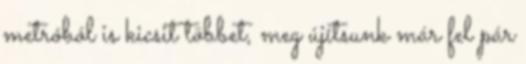
metróból is kicsit többet, meg újítsunk már fel pár